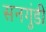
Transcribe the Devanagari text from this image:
सनगुंडी